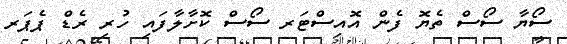
ސޯޔާ ސޯސް ތެޔޮ ފެން އޮއިސްޓަރ ސޯސް ކޮށާލާފަައި ހުރި ރެޑް ޕެޕަރ